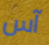
آس